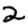
Digit: 2